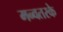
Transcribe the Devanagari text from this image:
मन्वतरके